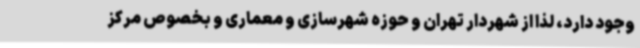
وجود دارد، لذا از شهردار تهران و حوزه شهرسازی و معماری و بخصوص مرکز